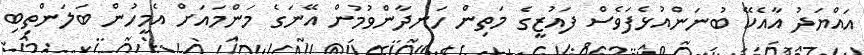
އައްޔަދު އާއެކޭ ބުނަންއުޅެފަވެސް ފައުޒީގެ މަތިން ހަނދާންވުމުން އޭނަގެ މަންމައަށް އެމީހުން ބަލަންތިބި